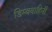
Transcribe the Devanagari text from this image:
डिम्बवाहिनी